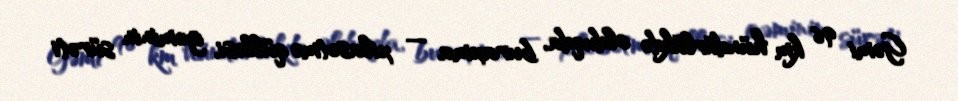
Gəmi 96 km hündürlükdə olduqda, buraxma — xilasetmə qülləsi, gəminin sürəti